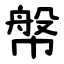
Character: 幋